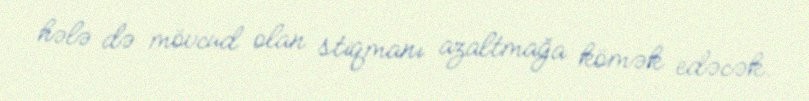
hələ də mövcud olan stiqmanı azaltmağa kömək edəcək.